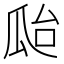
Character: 𤫳